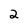
Character: 2